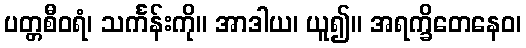
ပတ္တစီဝရံ၊ သင်္ကန်းကို။ အာဒါယ၊ ယူ၍။ အရက္ခိတေနေဝ၊